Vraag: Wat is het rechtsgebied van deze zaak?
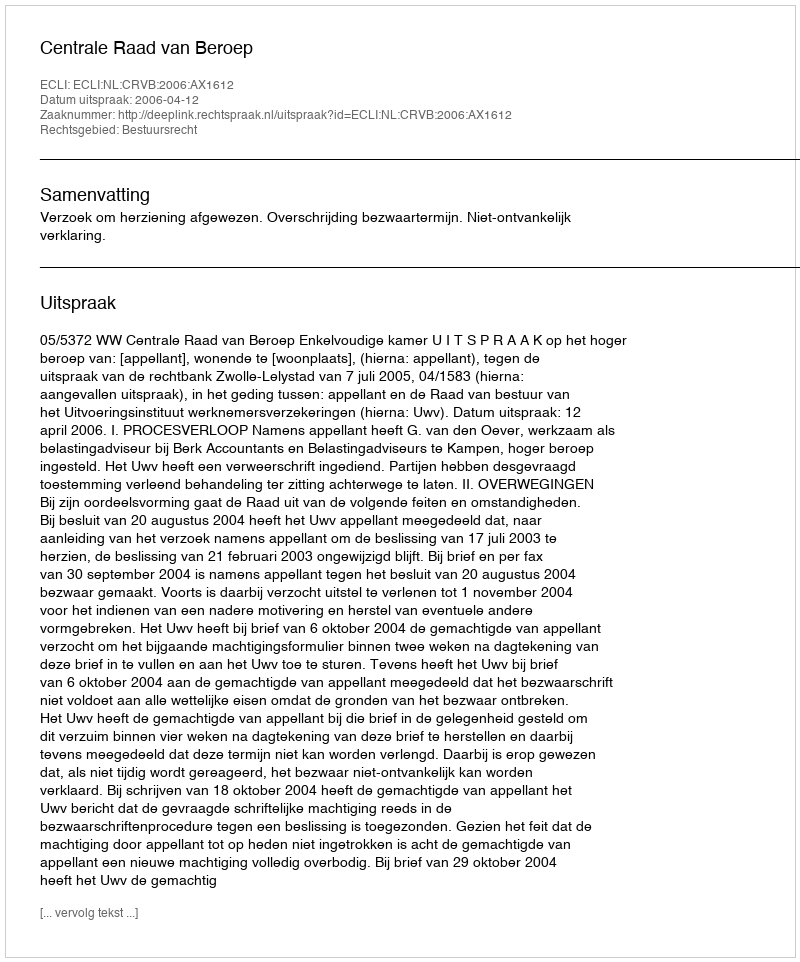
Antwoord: Bestuursrecht